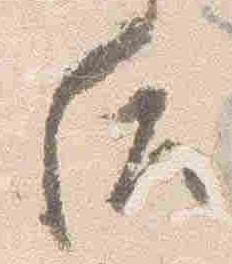
后